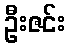
ဦးဇင်း